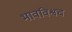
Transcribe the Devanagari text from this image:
भावविश्वच